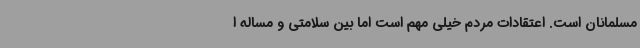
مسلمانان است. اعتقادات مردم خیلی مهم است اما بین سلامتی و مساله ا